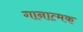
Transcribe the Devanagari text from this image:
गानात्मक